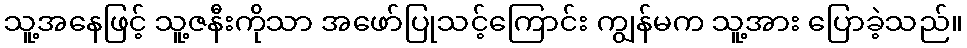
သူ့အနေဖြင့် သူ့ဇနီးကိုသာ အဖော်ပြုသင့်ကြောင်း ကျွန်မက သူ့အား ပြောခဲ့သည်။